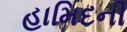
હામિદની